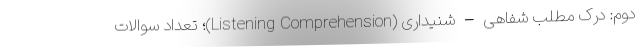
دوم: درک مطلب شفاهی – شنیداری (Listening Comprehension)؛ تعداد سوالات